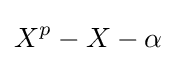
X^{p}-X-\alpha